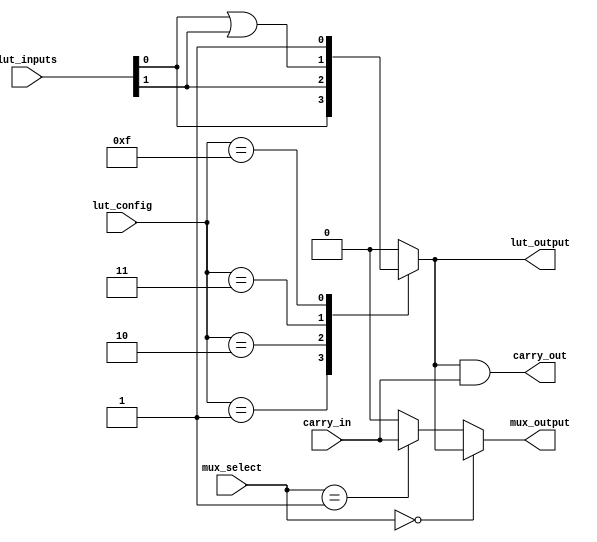
module CLB (
    input wire [3:0] lut_inputs,      // Inputs for LUTs
    input wire [3:0] lut_config,      // Configuration for LUTs (truth table)
    input wire [1:0] mux_select,      // MUX selection signals
    input wire carry_in,               // Carry input for arithmetic operations
    output wire lut_output,            // Output from LUT
    output wire mux_output,            // Output from MUX
    output wire carry_out              // Carry output
);

    // Lookup Table (LUT) implementation
    reg lut_output_reg;
    always @(*) begin
        case (lut_config)
            4'b0000: lut_output_reg = 0;  // 0
            4'b0001: lut_output_reg = lut_inputs[0]; // A0
            4'b0010: lut_output_reg = lut_inputs[1]; // A1
            4'b0011: lut_output_reg = lut_inputs[0] | lut_inputs[1]; // A0 OR A1
            // Add more configurations as needed
            4'b1111: lut_output_reg = 1;  // 1
            default: lut_output_reg = 0;  // Default to 0
        endcase
    end

    assign lut_output = lut_output_reg;

    // 2-to-1 Multiplexer
    wire mux_out1, mux_out2;
    assign mux_out1 = lut_output; // Output of LUT
    assign mux_out2 = carry_in;   // Optional second input (e.g., carry input)

    assign mux_output = (mux_select == 2'b00) ? mux_out1 :
                        (mux_select == 2'b01) ? mux_out2 : 1'b0; // Default to 0

    // Simple Carry Logic
    wire carry_logic_out;
    assign carry_logic_out = lut_output & carry_in; // AND operation for carry logic
    assign carry_out = carry_logic_out;

endmodule